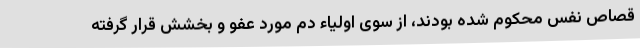
قصاص نفس محکوم شده بودند، از سوی اولیاء دم مورد عفو و بخشش قرار گرفته